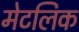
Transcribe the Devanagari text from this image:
मेटलिक